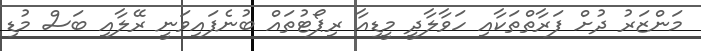
މަންޒަރު ދުށް ފަރާތްތަކާއި ހަވާލާދީ މީޑިއާ ރިޕޯޓުތައް ބުނެފައިވަނީ ރޭލާއި ބަސް މުޑި